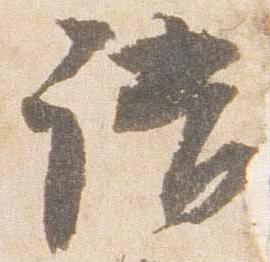
語